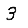
Digit: 3